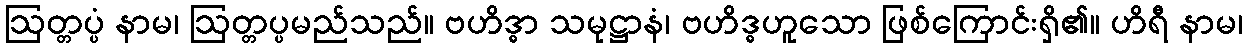
ဩတ္တပ္ပံ နာမ၊ ဩတ္တပ္ပမည်သည်။ ဗဟိဒ္ဓာ သမုဋ္ဌာနံ၊ ဗဟိဒ္ဓဟူသော ဖြစ်ကြောင်းရှိ၏။ ဟိရီ နာမ၊